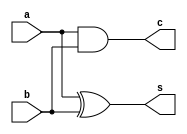
module ha(s,c,a,b);
  output s,c;
  input a,b;
  xor x1(s,a,b);
  and a1(c,a,b);
endmodule